State Department UAP Cable 4, Ashgabat, Turkmenistan, November 5, 2004
Agency: Department of State
Incident date: 11/5/04
Incident location: Turkmenistan
Page 5
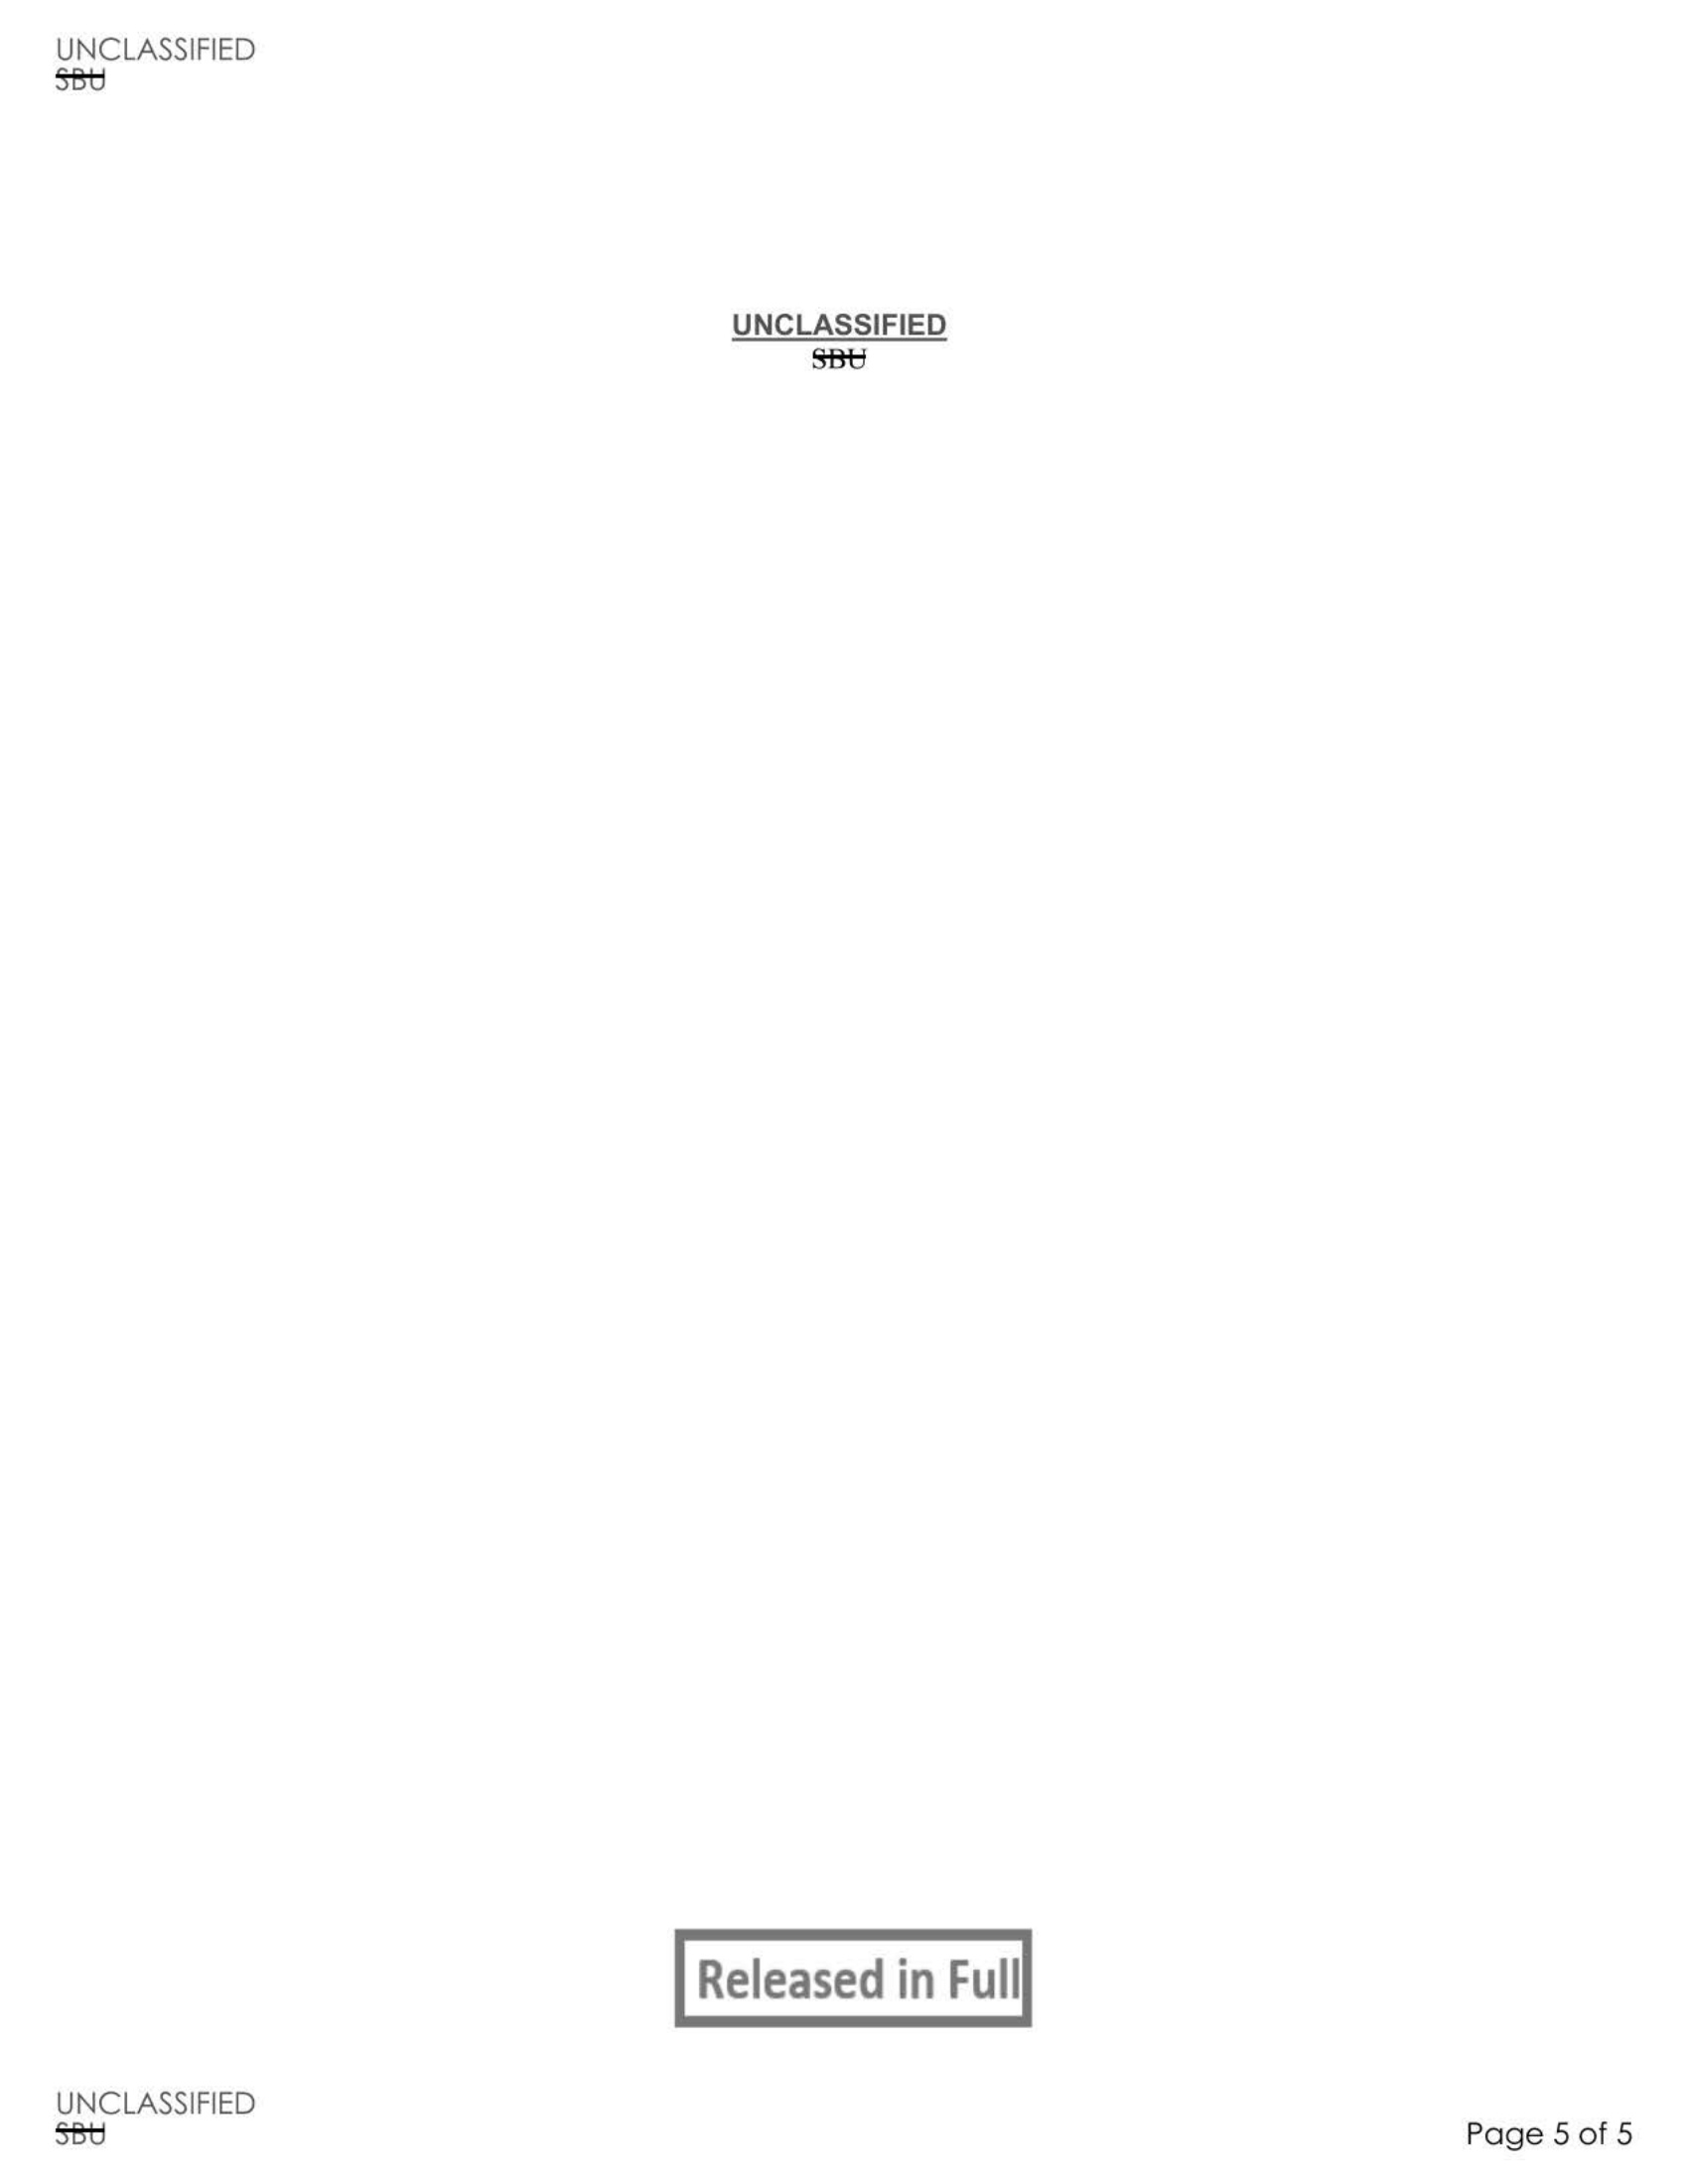